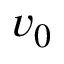
v _ { 0 }